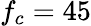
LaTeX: f_{c}=45